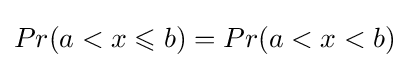
Pr(a<x\leqslant b)=Pr(a<x<b)